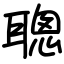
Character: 聰